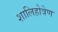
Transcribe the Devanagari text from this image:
शालिहोत्रेण